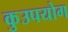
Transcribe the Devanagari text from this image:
कुउपयोग